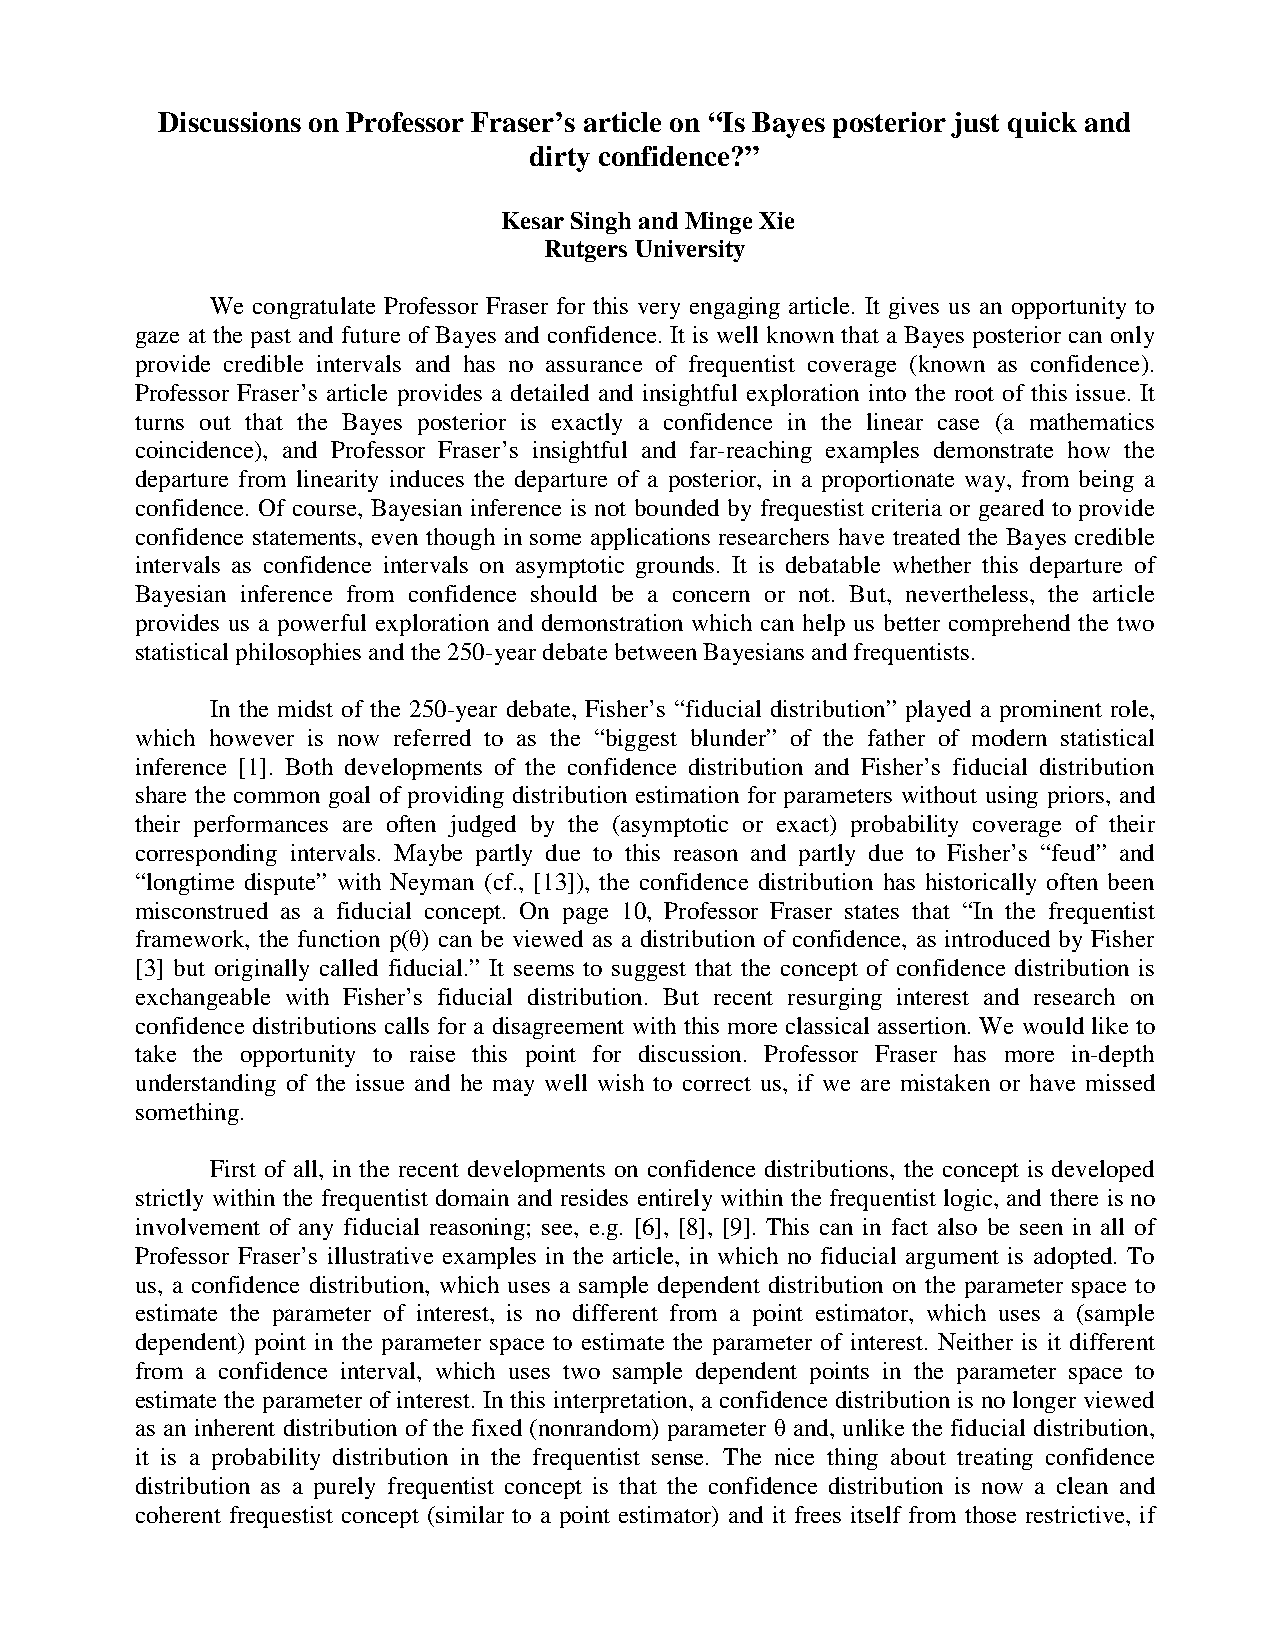
Discussions on Professor Fraser’s article on “Is Bayes posterior just quick and
 dirty confidence?”
 Kesar Singh and Minge Xie
 Rutgers University
 We congratulate Professor Fraser for this very engaging article. It gives us an opportunity to
 gaze at the past and future of Bayes and confidence. It is well known that a Bayes posterior can only
 provide credible intervals and has no assurance of frequentist coverage (known as confidence).
 Professor Fraser’s article provides a detailed and insightful exploration into the root of this issue. It
 turns out that the Bayes posterior is exactly a confidence in the linear case (a mathematics
 coincidence), and Professor Fraser’s insightful and far-reaching examples demonstrate how the
 departure from linearity induces the departure of a posterior, in a proportionate way, from being a
 confidence. Of course, Bayesian inference is not bounded by frequestist criteria or geared to provide
 confidence statements, even though in some applications researchers have treated the Bayes credible
 intervals as confidence intervals on asymptotic grounds. It is debatable whether this departure of
 Bayesian inference from confidence should be a concern or not. But, nevertheless, the article
 provides us a powerful exploration and demonstration which can help us better comprehend the two
 statistical philosophies and the 250-year debate between Bayesians and frequentists.
 In the midst of the 250-year debate, Fisher’s “fiducial distribution” played a prominent role,
 which however is now referred to as the “biggest blunder” of the father of modern statistical
 inference [1]. Both developments of the confidence distribution and Fisher’s fiducial distribution
 share the common goal of providing distribution estimation for parameters without using priors, and
 their performances are often judged by the (asymptotic or exact) probability coverage of their
 corresponding intervals. Maybe partly due to this reason and partly due to Fisher’s “feud” and
 “longtime dispute” with Neyman (cf., [13]), the confidence distribution has historically often been
 misconstrued as a fiducial concept. On page 10, Professor Fraser states that “In the frequentist
 framework, the function p(θ) can be viewed as a distribution of confidence, as introduced by Fisher
 [3] but originally called fiducial.” It seems to suggest that the concept of confidence distribution is
 exchangeable with Fisher’s fiducial distribution. But recent resurging interest and research on
 confidence distributions calls for a disagreement with this more classical assertion. We would like to
 take the opportunity to raise this point for discussion. Professor Fraser has more in-depth
 understanding of the issue and he may well wish to correct us, if we are mistaken or have missed
 something.
 First of all, in the recent developments on confidence distributions, the concept is developed
 strictly within the frequentist domain and resides entirely within the frequentist logic, and there is no
 involvement of any fiducial reasoning; see, e.g. [6], [8], [9]. This can in fact also be seen in all of
 Professor Fraser’s illustrative examples in the article, in which no fiducial argument is adopted. To
 us, a confidence distribution, which uses a sample dependent distribution on the parameter space to
 estimate the parameter of interest, is no different from a point estimator, which uses a (sample
 dependent) point in the parameter space to estimate the parameter of interest. Neither is it different
 from a confidence interval, which uses two sample dependent points in the parameter space to
 estimate the parameter of interest. In this interpretation, a confidence distribution is no longer viewed
 as an inherent distribution of the fixed (nonrandom) parameter θ and, unlike the fiducial distribution,
 it is a probability distribution in the frequentist sense. The nice thing about treating confidence
 distribution as a purely frequentist concept is that the confidence distribution is now a clean and
 coherent frequestist concept (similar to a point estimator) and it frees itself from those restrictive, if